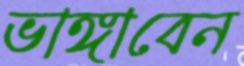
ভাঙ্গাবেন